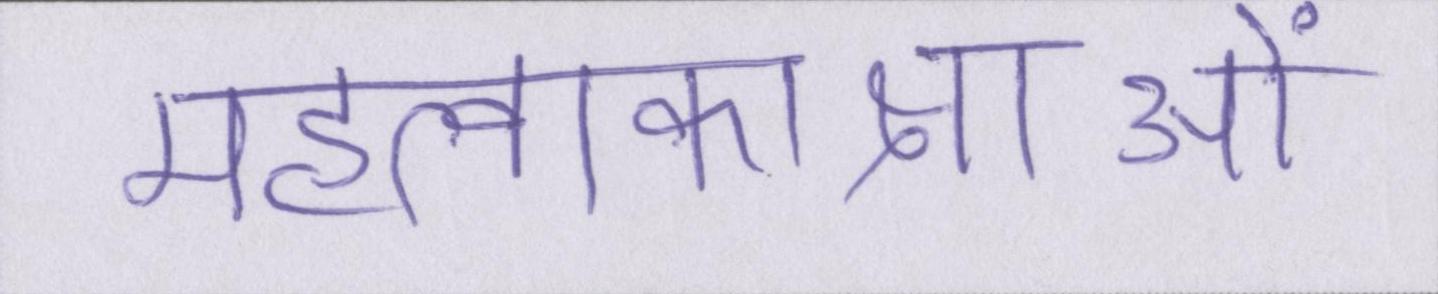
महत्वाकाक्षाओं